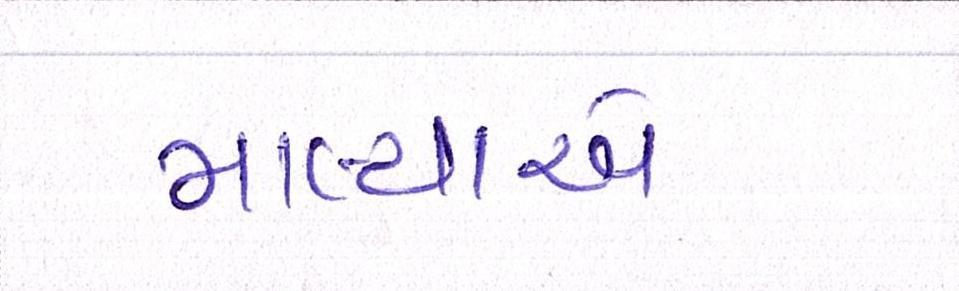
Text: માલ્યાએ